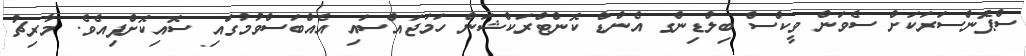
ސްޕޮންސަރަކަށް ސެވަން ވީކްސް ބިލްޑިންގ އެންޑް ކޮންޓްރަކްޝަން ހަމަޖައްސައި އެއްބަސްވުމުގައި ސޮއިކޮށްފިއެވެ. މާރިޗު